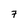
Character: 7